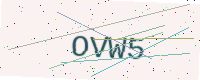
Text: OVW5